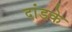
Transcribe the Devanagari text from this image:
दांडके